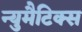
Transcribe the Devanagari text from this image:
न्युमैटिक्स